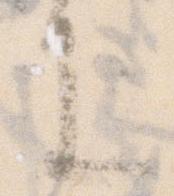
に